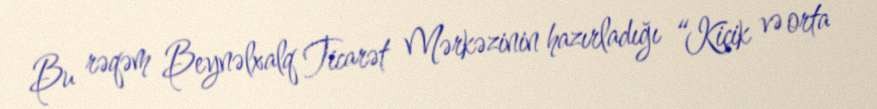
Bu rəqəm Beynəlxalq Ticarət Mərkəzinin hazırladığı “Kiçik və orta